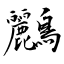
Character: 鸝